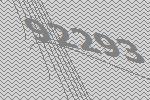
92293